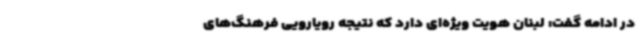
در ادامه گفت: لبنان هویت ویژه‌ای دارد که نتیجه رویارویی فرهنگ‌های